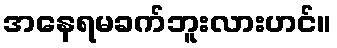
အနေရမခက်ဘူးလားဟင်။